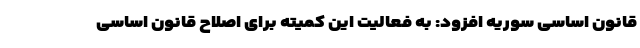
قانون اساسی سوریه افزود: به فعالیت این کمیته برای اصلاح قانون اساسی